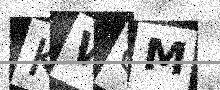
Text: KWQM